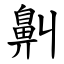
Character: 鼼